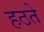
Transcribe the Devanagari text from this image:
हठते